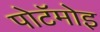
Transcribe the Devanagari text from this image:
पोटॅमोइ